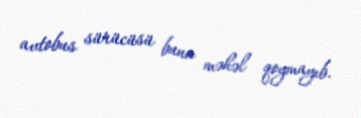
avtobus sürücüsü buna məhəl qoymayıb.